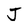
Character: J